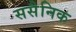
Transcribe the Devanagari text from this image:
ससैनिक